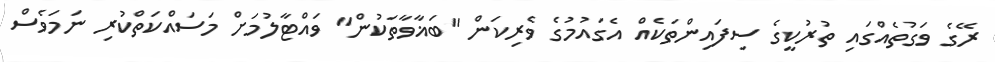
ރޭގެ ވަގުތެއްގައި ތުރުކީގެ ސިފައިންތަކެއް އެގައުމުގެ ވެރިކަން "ބަޣާވާތަކުން" ވައްޓާލުމަށް މަސައްކަތްކުރި ނަމަވެސް